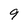
Character: 9